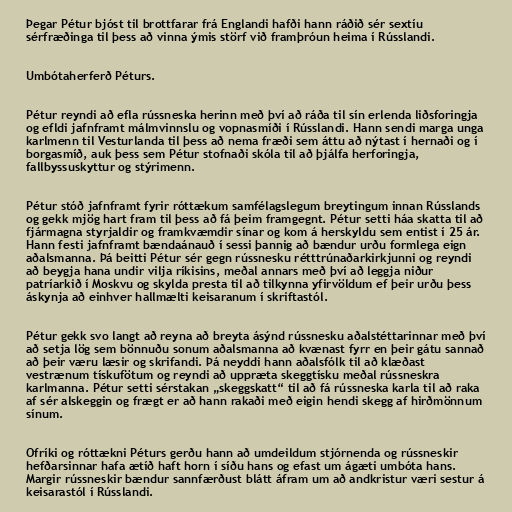
Þegar Pétur bjóst til brottfarar frá Englandi hafði hann ráðið sér sextíu
sérfræðinga til þess að vinna ýmis störf við framþróun heima í Rússlandi.

Umbótaherferð Péturs.

Pétur reyndi að efla rússneska herinn með því að ráða til sín erlenda liðsforingja
og efldi jafnframt málmvinnslu og vopnasmíði í Rússlandi. Hann sendi marga unga
karlmenn til Vesturlanda til þess að nema fræði sem áttu að nýtast í hernaði og í
borgasmíð, auk þess sem Pétur stofnaði skóla til að þjálfa herforingja,
fallbyssuskyttur og stýrimenn.

Pétur stóð jafnframt fyrir róttækum samfélagslegum breytingum innan Rússlands
og gekk mjög hart fram til þess að fá þeim framgegnt. Pétur setti háa skatta til að
fjármagna styrjaldir og framkvæmdir sínar og kom á herskyldu sem entist í 25 ár.
Hann festi jafnframt bændaánauð í sessi þannig að bændur urðu formlega eign
aðalsmanna. Þá beitti Pétur sér gegn rússnesku rétttrúnaðarkirkjunni og reyndi
að beygja hana undir vilja ríkisins, meðal annars með því að leggja niður
patríarkið í Moskvu og skylda presta til að tilkynna yfirvöldum ef þeir urðu þess
áskynja að einhver hallmælti keisaranum í skriftastól.

Pétur gekk svo langt að reyna að breyta ásýnd rússnesku aðalstéttarinnar með því
að setja lög sem bönnuðu sonum aðalsmanna að kvænast fyrr en þeir gátu sannað
að þeir væru læsir og skrifandi. Þá neyddi hann aðalsfólk til að klæðast
vestrænum tískufötum og reyndi að uppræta skeggtísku meðal rússneskra
karlmanna. Pétur setti sérstakan „skeggskatt“ til að fá rússneska karla til að raka
af sér alskeggin og frægt er að hann rakaði með eigin hendi skegg af hirðmönnum
sínum.

Ofríki og róttækni Péturs gerðu hann að umdeildum stjórnenda og rússneskir
hefðarsinnar hafa ætíð haft horn í síðu hans og efast um ágæti umbóta hans.
Margir rússneskir bændur sannfærðust blátt áfram um að andkristur væri sestur á
keisarastól í Rússlandi.